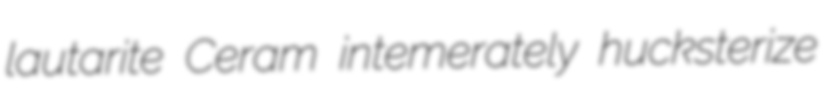
lautarite Ceram intemerately hucksterize